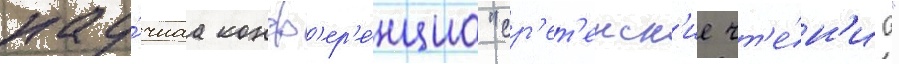
нау́чнаа конф'ер'е́нциа "ср'ет'енск'ие чт'е́н'иа"